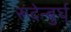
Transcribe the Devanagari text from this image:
रूदेन्बुर्घ्